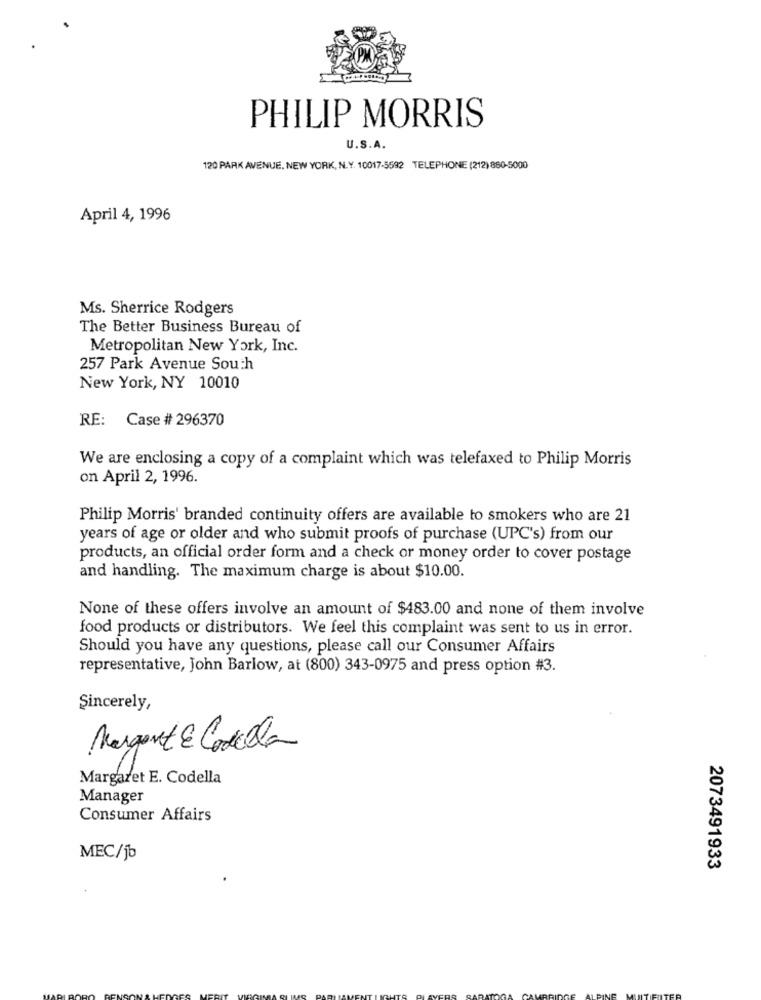
PHILIP MORRIS
U.S.A.
120 PARK AVENUE, NEW YORK, N.Y. 10017-5592 TELEPHONE (212) 860-5000
April 4, 1996
Ms. Sherrice Rodgers
The Better Business Bureau of
Metropolitan New York, Inc.
257 Park Avenue South
New York, NY 10010
RE: Case # 296370
We are enclosing a copy of a complaint which was telefaxed to Philip Morris
on April 2, 1996.
Philip Morris' branded continuity offers are available to smokers who are 21
years of age or older and who submit proofs of purchase (UPC's) from our
products, an official order form and a check or money order to cover postage
and handling. The maximum charge is about $10.00.
None of these offers involve an amount of $483.00 and none of them involve
food products or distributors. We feel this complaint was sent to us in error.
Should you have any questions, please call our Consumer Affairs
representative, John Barlow, at (800) 343-0975 and press option #3.
Sincerely,
Margent & Codella
Margaret E. Codella
Manager
Consumer Affairs
MEC/jb
2073491933